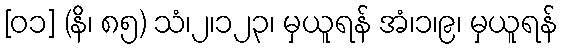
[၀၁] (နိ၊ ၈၅) သံ၊၂၊၁၂၃၊ မှယူရန် အံ၊၁၊၉၊ မှယူရန်